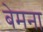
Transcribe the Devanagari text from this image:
बेमना